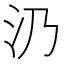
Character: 𣱽